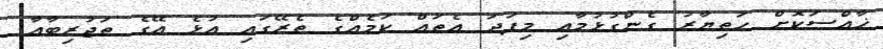
ޚާއްސަކޮށް ހަތިޔާރު ގެންގުޅުމާއި މިފަދަ އެތައް ކަމެއްގެ ތެރޭގައި އުޅެ އޭގެ ތަޖުރިބާއާ